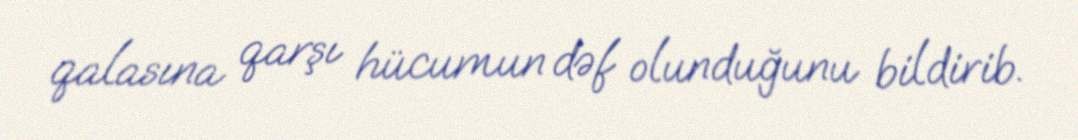
qalasına qarşı hücumun dəf olunduğunu bildirib.